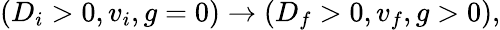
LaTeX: (D_{i}>0,v_{i},g=0)\to(D_{f}>0,v_{f},g>0),